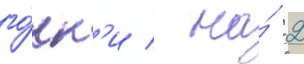
го́нк'и / на́ 2